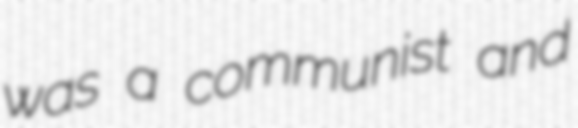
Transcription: was a communist and